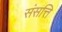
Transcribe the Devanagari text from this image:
संसत्ति